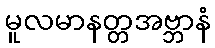
မူလမာနတ္တအဗ္ဘာနံ